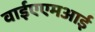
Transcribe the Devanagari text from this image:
वाईएएमआई